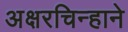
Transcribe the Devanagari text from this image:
अक्षरचिन्हाने